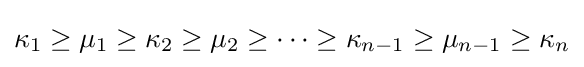
\kappa _{1}\geq \mu _{1}\geq \kappa _{2}\geq \mu _{2}\geq \cdots \geq \kappa _{n-1}\geq \mu _{n-1}\geq \kappa _{n}